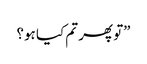
”تو پھر تم کیا ہو؟